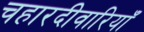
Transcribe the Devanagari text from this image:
चहारदीवारियाँ